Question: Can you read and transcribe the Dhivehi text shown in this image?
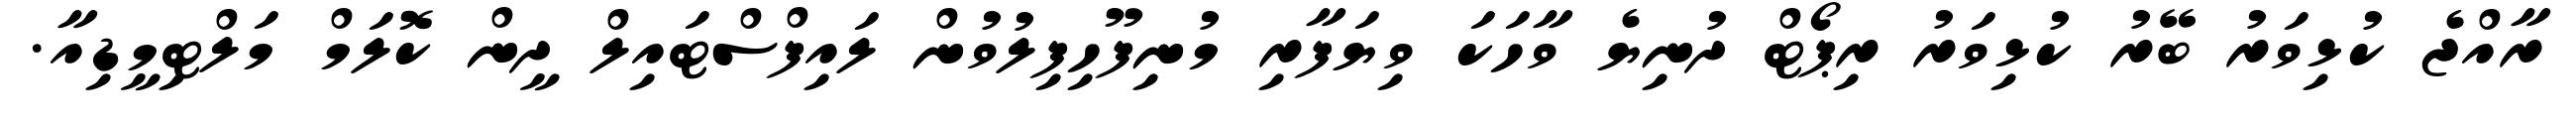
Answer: ރާއްޖެ ކުޅިވަރު ބޭރު ކުޅިވަރު ރިޕޯޓް ދުނިޔެ ވާހަކަ ވިޔަފާރި މުނިފޫހިފިލުވުން ލައިފްސްޓައިލް ދީން ކޮލަމް މަލްޓިމީޑިއާ.